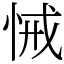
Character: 悈